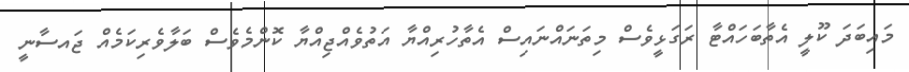
މައިބަދަ ކޫލީ އެތާބަހައްޓާ ރަގަޅީވެސް މިތަނައްނައިސް އެތާހުރިއްޔާ އަތުވެއްޖިއްޔާ ކޮންމެވެސް ބަލާވެރިކަމެއް ޖައސާނީ